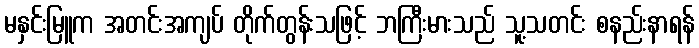
မနှင်းမြူက အတင်းအကျပ် တိုက်တွန်းသဖြင့် ဘကြီးမားသည် သူ့သတင်း စနည်းနာရန်